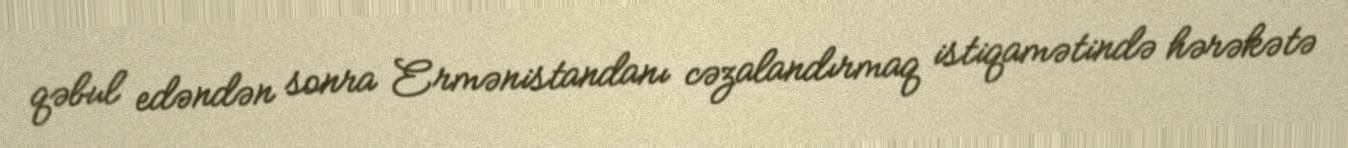
qəbul edəndən sonra Ermənistandanı cəzalandırmaq istiqamətində hərəkətə